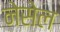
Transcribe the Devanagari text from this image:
नेसेल